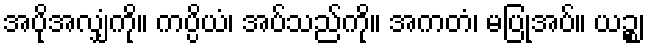
အပိုအလျှံကို။ ကပ္ပိယံ၊ အပ်သည်ကို။ အကတံ၊ မပြုအပ်။ ယဉ္စ၊